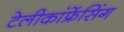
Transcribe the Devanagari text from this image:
टेलीकांफ्रेंसिंग